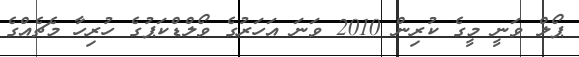
ޕޯލް ވަނީ މީގެ ކުރިން 2010 ވަނަ އަހަރުގެ ވޯލްޑްކަޕުގެ ހުރިހާ މެޗެއްގެ